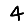
Digit: 4